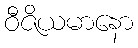
ဝီဇိယမာနော